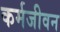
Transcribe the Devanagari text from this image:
कर्मजीवन